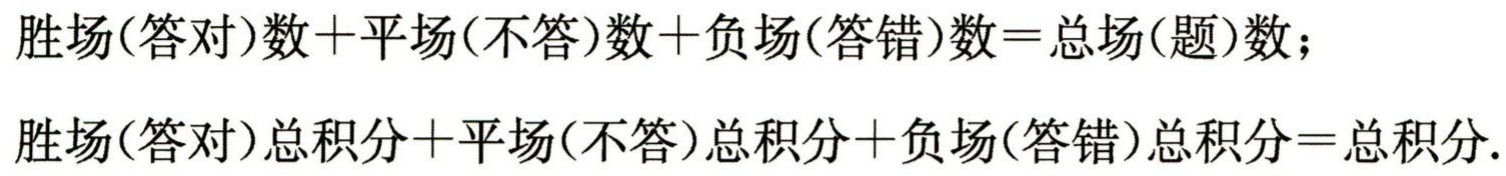
胜场(答对)数+平场(不答)数+负场(答错)数=总场(题)数；
胜场(答对)总积分+平场(不答)总积分+负场(答错)总积分=总积分.